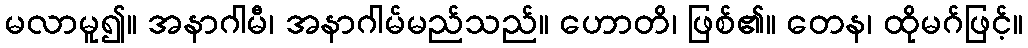
မလာမူ၍။ အနာဂါမီ၊ အနာဂါမ်မည်သည်။ ဟောတိ၊ ဖြစ်၏။ တေန၊ ထိုမဂ်ဖြင့်။